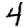
Digit: 4